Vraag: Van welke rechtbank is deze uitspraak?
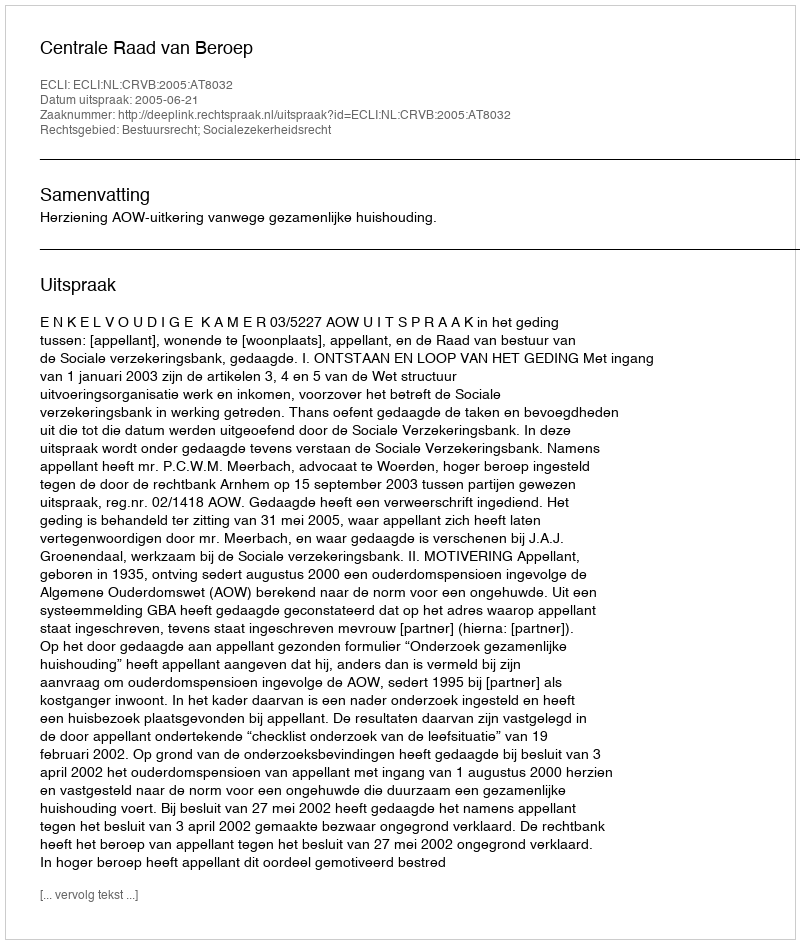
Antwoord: Centrale Raad van Beroep